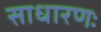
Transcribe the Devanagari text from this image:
साधारणः